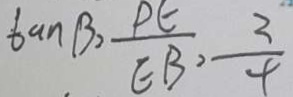
\tan \beta = \frac { P E } { E B } , \frac { 3 } { 4 }